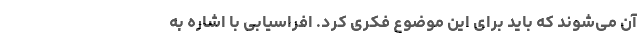
آن می‌شوند که باید برای این موضوع فکری کرد. افراسیابی با اشاره به